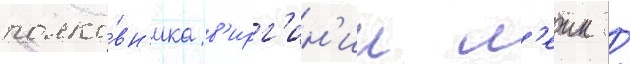
полко́вн'ика в'ирг'ин'ии л'еик /